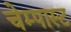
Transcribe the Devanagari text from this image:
चेम्पास्ट